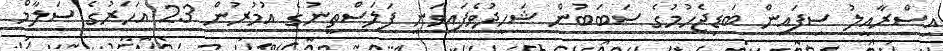
އިސްރާއީލު ސިފައިން ބަޑިޖެހުމުގެ ސަބަބުން ޝަހީދުވެފައިވަނީ ފަލަސްތީނުގެ އުމުރުން 23 އަހަރުގެ ސަލާމް